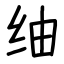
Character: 䌷